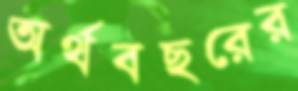
অর্থবছরের